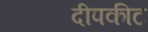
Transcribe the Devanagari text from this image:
दीपकीट